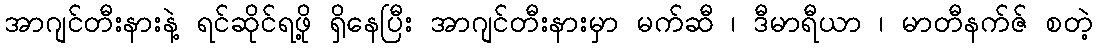
အာဂျင်တီးနားနဲ့ ရင်ဆိုင်ရဖို့ ရှိနေပြီး အာဂျင်တီးနားမှာ မက်ဆီ ၊ ဒီမာရီယာ ၊ မာတီနက်ဇ် စတဲ့